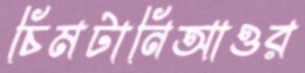
চিমটানিআওর